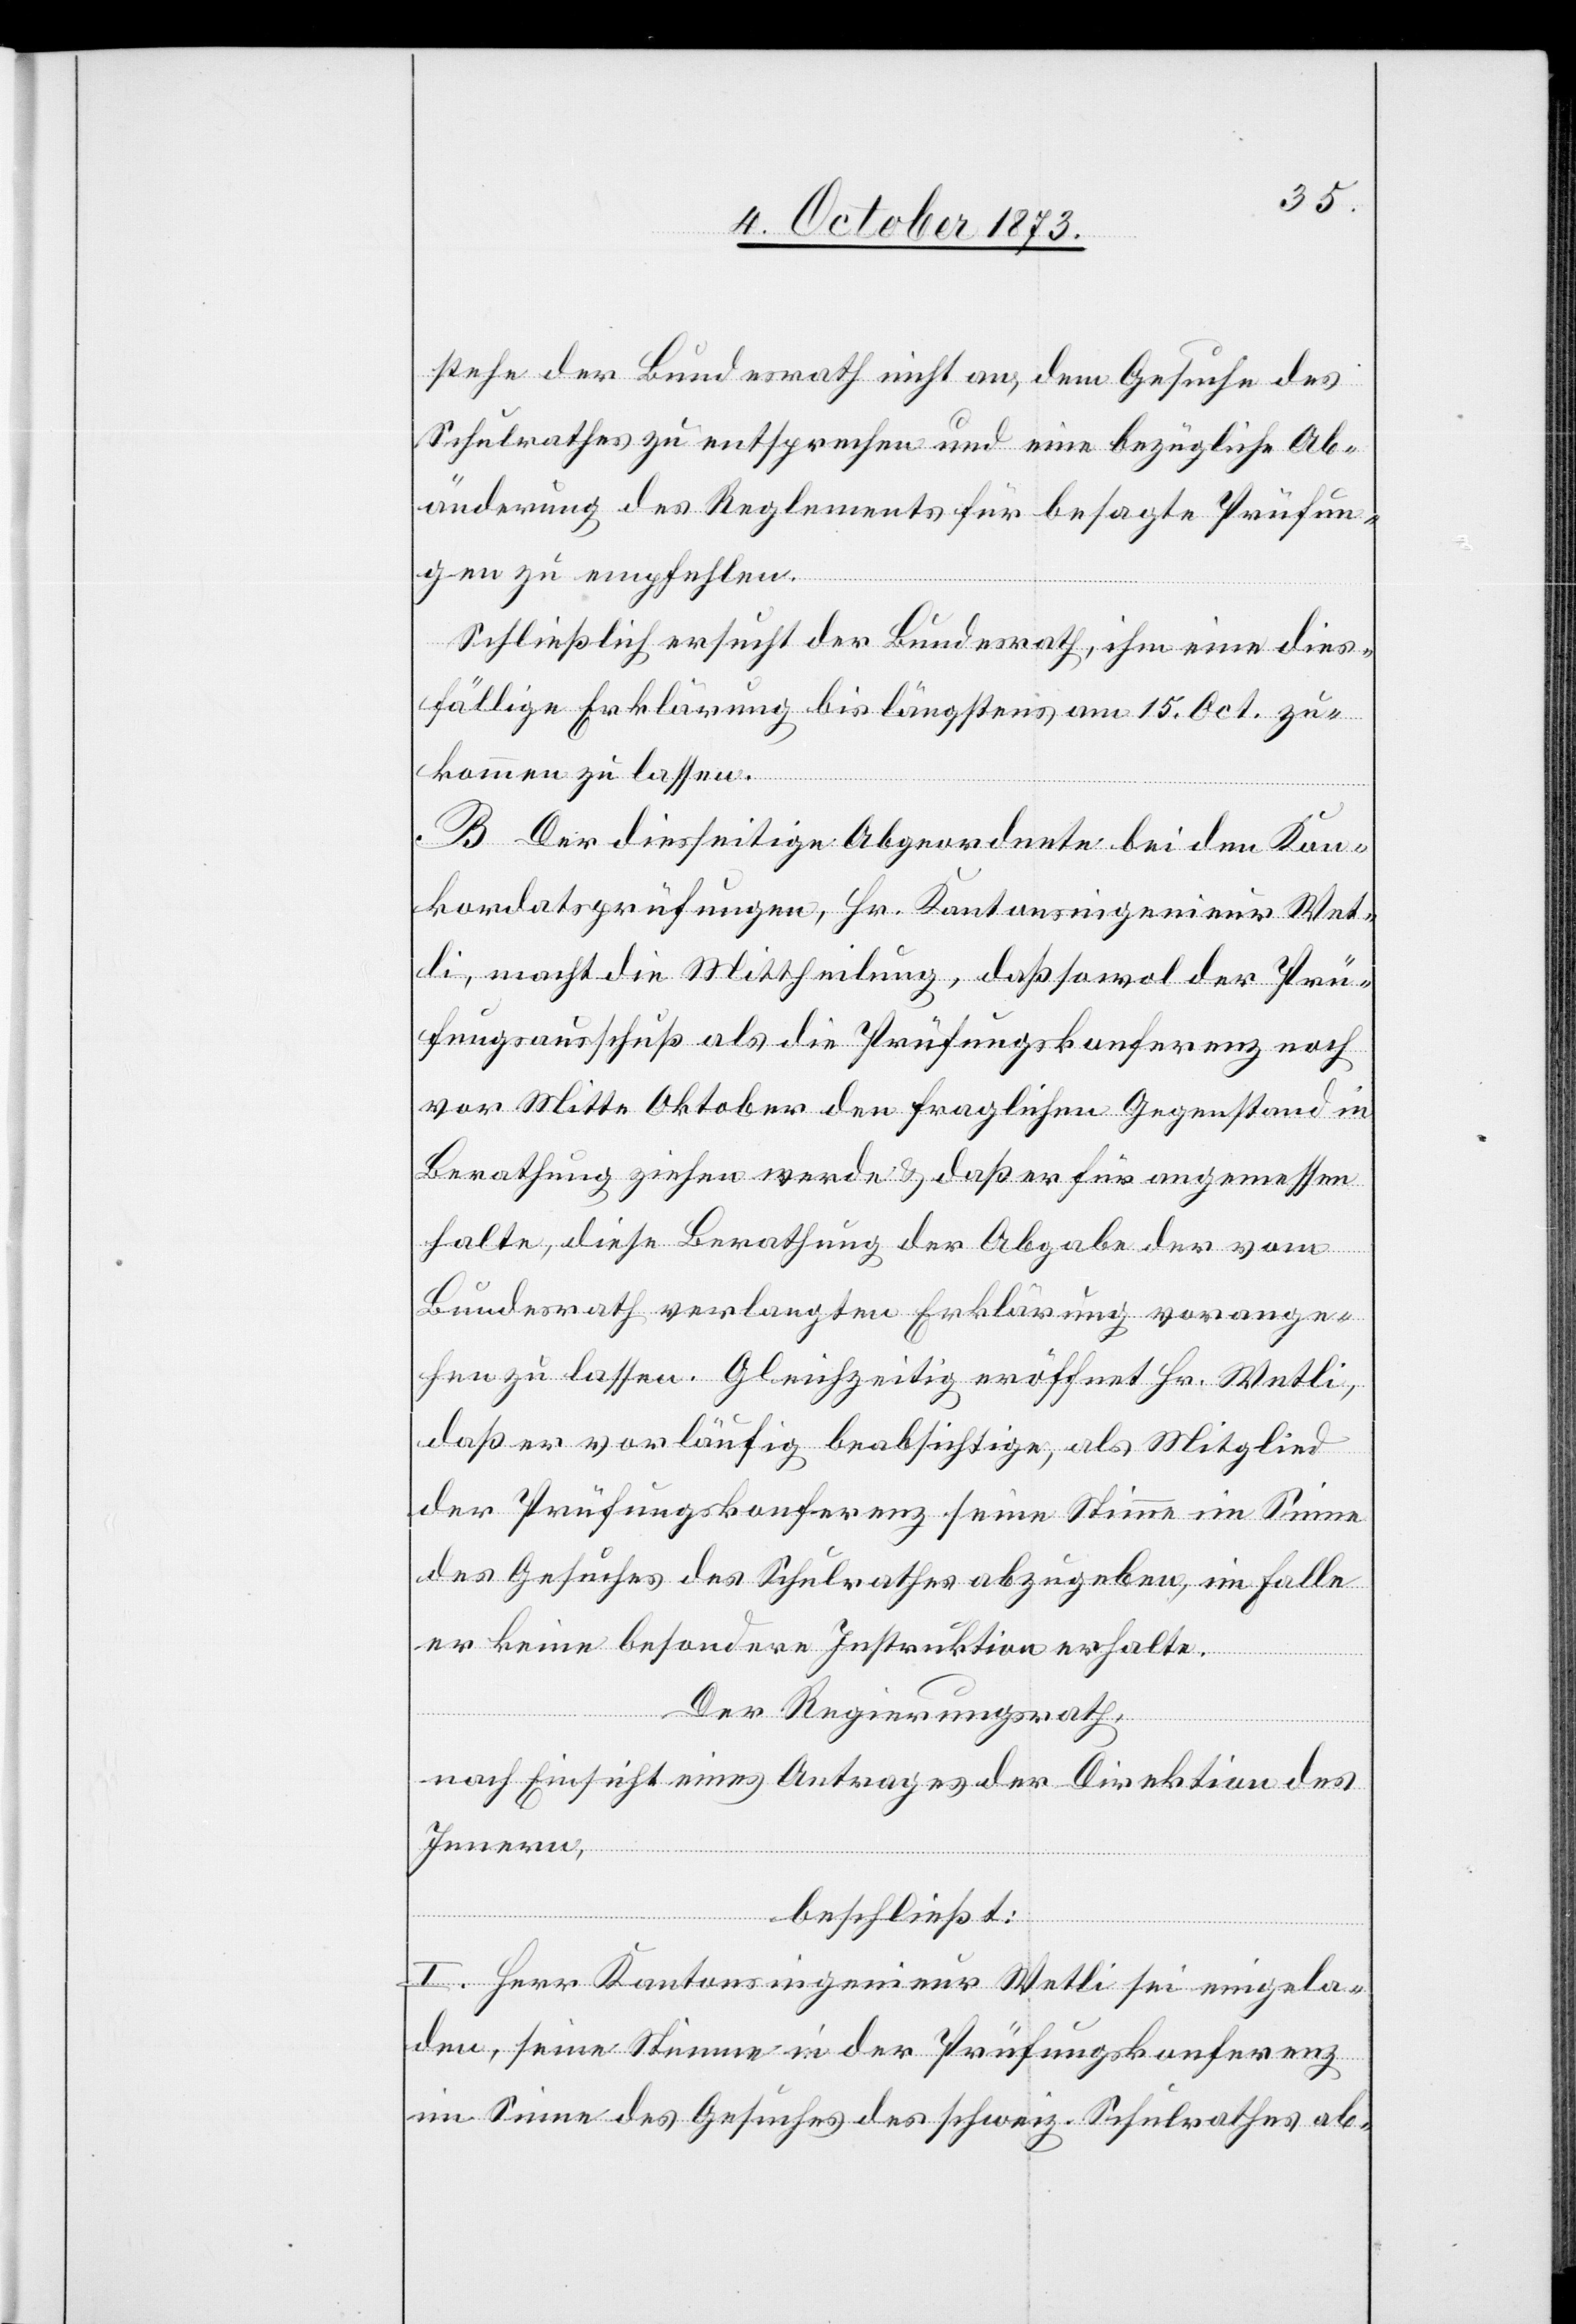
stehe der Bundesrath nicht an, dem Gesuche des
Schulrathes zu entsprechen und eine bezügliche Ab¬
änderung des Reglements für besagte Prüfun¬
gen zu empfehlen.
Schließlich ersucht der Bundesrath, ihm eine dies¬
fällige Erklärung bis längstens am 15. Oct. zu¬
kommen zu lassen.
B. Der diesseitige Abgeordnete bei den Kon¬
kordatsprüfungen, Hr. Kantonsingenieur Wet¬
li, macht die Mittheilung, daß sowol der Prü¬
fungsausschuß als die Prüfungskonferenz noch
vor Mitte Oktober den fraglichen Gegenstand in
Berathung ziehen werde & daß er für angemessen
halte, diese Berathung der Abgabe der vom
Bundesrath verlangten Erklärung vorange¬
hen zu lassen. Gleichzeitig eröffnet Hr. Wetli,
daß er vorläufig beabsichtige, als Mitglied
der Prüfungskonferenz seine Stimme im Sinne
des Gesuches des Schulrathes abzugeben, im Falle
er keine besondere Instruktion erhalte.
Der Regierungsrath,
nach Einsicht eines Antrages der Direktion des
Innern,
beschließt:
I. Herr Kantonsingenieur Wetli sei eingela¬
den, seine Stimme in der Prüfungskonferenz
im Sinne des Gesuches des schweiz. Schulrathes ab-